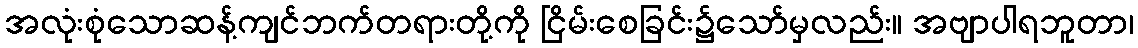
အလုံးစုံသောဆန့်ကျင်ဘက်တရားတို့ကို ငြိမ်းစေခြင်း၌သော်မှလည်း။ အဗျာပါရဘူတာ၊